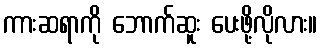
ကားဆရာကို ဘောက်ဆူး ပေးဖို့လိုလား။